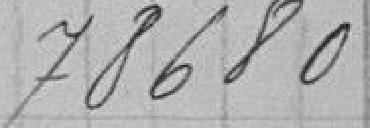
78 680,00